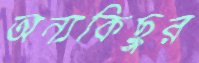
অন্যকিছুর